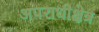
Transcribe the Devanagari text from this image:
अपराधीक्षेत्र